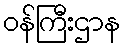
ဝန်ကြီးဌာန